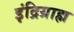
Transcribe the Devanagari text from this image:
इंद्रिग्राह्म